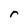
Character: r